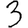
Digit: 3